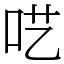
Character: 呓